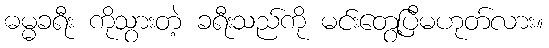
ဓမ္မခရီး ကိုသွားတဲ့ ခရီးသည်ကို မင်းတွေ့ပြီမဟုတ်လား။